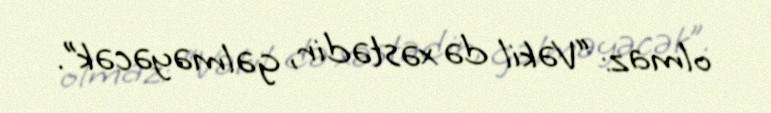
olmaz: “Vəkil də xəstədir, gəlməyəcək”.